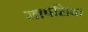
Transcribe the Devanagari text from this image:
लापसिया